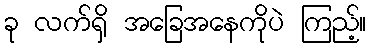
ခု လက်ရှိ အခြေအနေကိုပဲ ကြည့်။